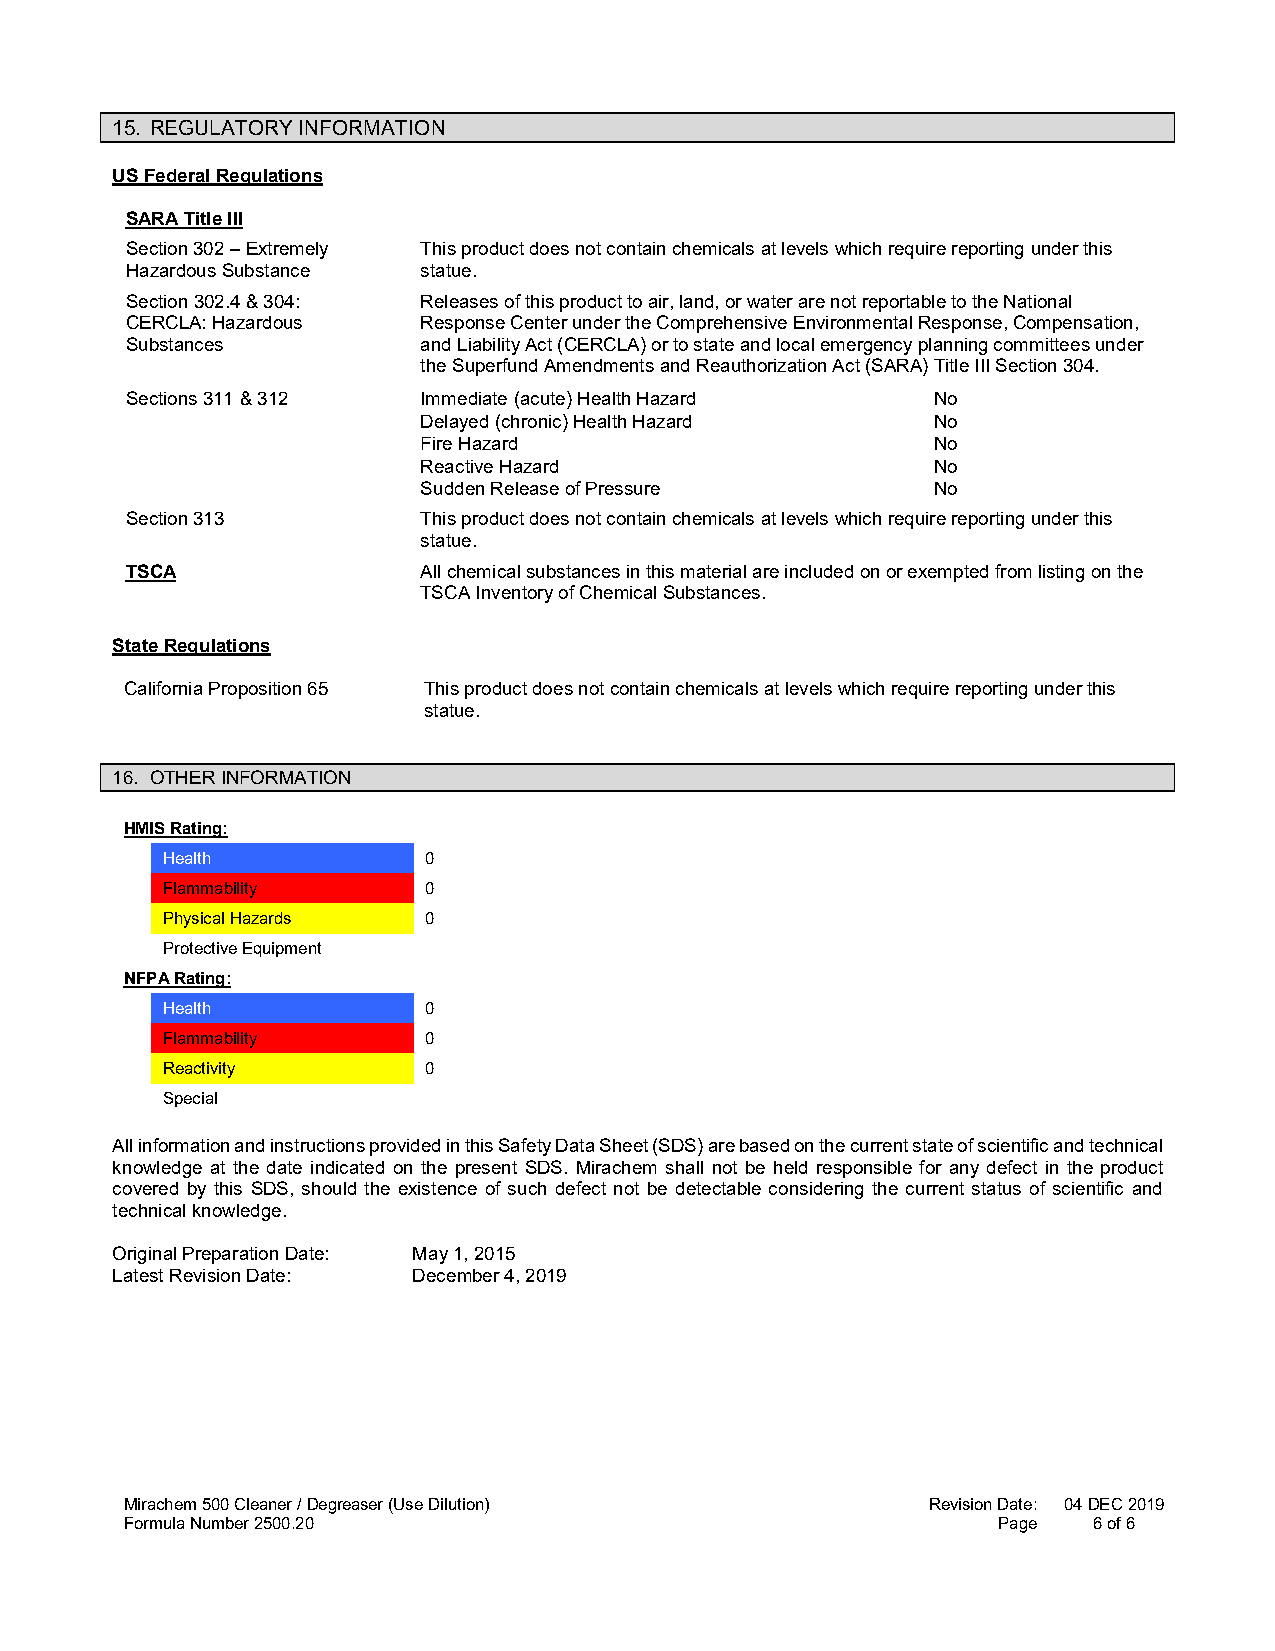
15. REGULATORY INFORMATION
 US Federal Regulations
 SARA Title III
 Section 302 – Extremely This product does not contain chemicals at levels which require reporting under this
 Hazardous Substance statue.
 Section 302.4 & 304: Releases of this product to air, land, or water are not reportable to the National
 CERCLA: Hazardous   Response Center under the Comprehensive Environmental Response, Compensation,
 Substances          and Liability Act (CERCLA) or to state and local emergency planning committees under
 the Superfund Amendments and Reauthorization Act (SARA) Title III Section 304.
 Sections 311 & 312  Immediate (acute) Health Hazard   No
 Delayed (chronic) Health Hazard   No
 Fire Hazard                       No
 Reactive Hazard                   No
 Sudden Release of Pressure        No
 Section 313         This product does not contain chemicals at levels which require reporting under this
 statue.
 TSCA                All chemical substances in this material are included on or exempted from listing on the
 TSCA Inventory of Chemical Substances.
 State Regulations
 California Proposition 65 This product does not contain chemicals at levels which require reporting under this
 statue.
 16. OTHER INFORMATION
 HMIS Rating:
 Health           0
 Flammability     0
 Physical Hazards 0
 Protective Equipment
 NFPA Rating:
 Health           0
 Flammability     0
 Reactivity       0
 Special
 All information and instructions provided in this Safety Data Sheet (SDS) are based on the current state of scientific and technical
 knowledge at the date indicated on the present SDS. Mirachem shall not be held responsible for any defect in the product
 covered by this SDS, should the existence of such defect not be detectable considering the current status of scientific and
 technical knowledge.
 Original Preparation Date: May 1, 2015
 Latest Revision Date: December 4, 2019
 Mirachem 500 Cleaner / Degreaser (Use Dilution)      Revision Date: 04 DEC 2019
 Formula Number 2500.20                                    Page  6 of 6